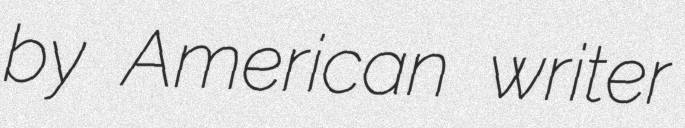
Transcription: by American writer